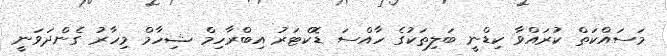
މަސައްކަތް ކުރައްވާ ކިޑްނީ ބަލިތަކުގެ ހާއްސަ ޑޮކްޓަރު އިބްރާހިމް ޝިހާމް މިހާރު ގެންދަވަނީ